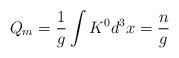
LaTeX: \begin{align*}Q_m=\frac{1}{g} \int K^0 d^3x =\frac{n}{g}\end{align*}